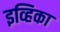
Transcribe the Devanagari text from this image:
इव्हिका